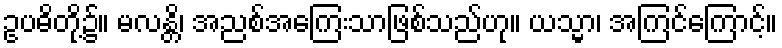
ဥပဓိတို့၌။ မလန္တိ၊ အညစ်အကြေးသာဖြစ်သည်ဟု။ ယသ္မာ၊ အကြင်ကြောင့်။